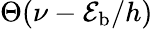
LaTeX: \Theta(\nu-\mathcal{E}_{\mathrm{{b}}}/h)